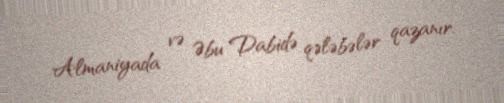
Almaniyada və Əbu Dabidə qələbələr qazanır.